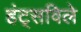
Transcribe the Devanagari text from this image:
हंट्सविले